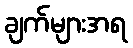
ချက်များအရ